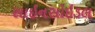
સાઇનસોઇડલ